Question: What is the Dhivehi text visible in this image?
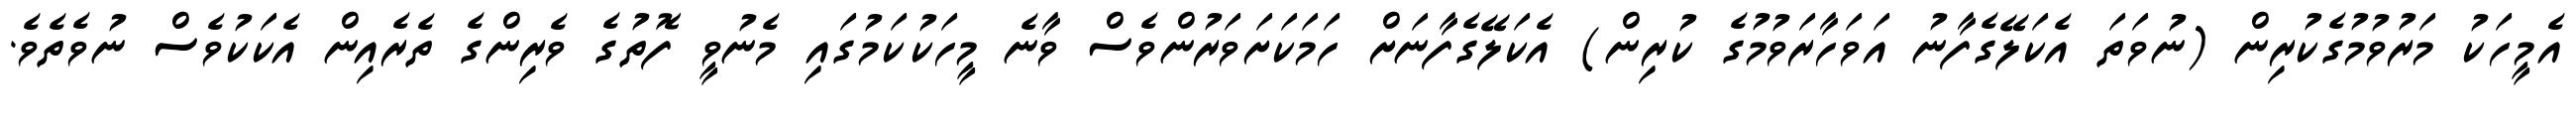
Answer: އެމީހަކު މަރުވުމުގެކުރިން (ނުވަތަ އެކަލޭގެފާނު އަވަހާރަވުމުގެ ކުރިން) އެކަލޭގެފާނަށް ހަމަކަށަވަރުންވެސް ވާނެ މީހަކުކަމުގައި މެނުވީ ފޮތުގެ ވެރިންގެ ތެރެއިން އެކަކުވެސް ނުވެތެވެ.